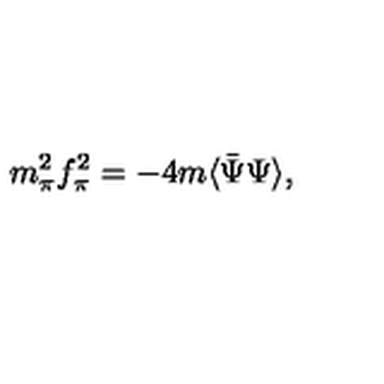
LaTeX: m _ { \pi } ^ { 2 } f _ { \pi } ^ { 2 } = - 4 m \langle \bar { \Psi } \Psi \rangle ,